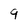
Character: 9